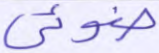
ضوئي